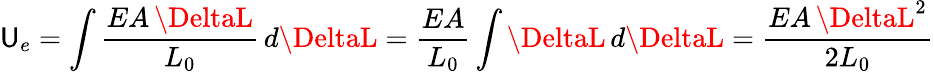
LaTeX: \mathsf{U}_{e}=\int{\frac{{EA\, \DeltaL}}{{L_{0}}}}\, d\DeltaL={\frac{{EA}}{{L_{0}}}}\int\DeltaL\, d\DeltaL={\frac{{EA\, {\DeltaL}^{2}}}{{2L_{0}}}}